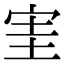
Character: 𡧩